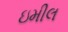
ઇમીલ